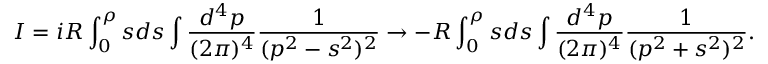
I = i R \int _ { 0 } ^ { \rho } s d s \int \frac { d ^ { 4 } p } { ( 2 \pi ) ^ { 4 } } \frac { 1 } { ( p ^ { 2 } - s ^ { 2 } ) ^ { 2 } } \rightarrow - R \int _ { 0 } ^ { \rho } s d s \int \frac { d ^ { 4 } p } { ( 2 \pi ) ^ { 4 } } \frac { 1 } { ( p ^ { 2 } + s ^ { 2 } ) ^ { 2 } } .